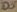
Text: D5